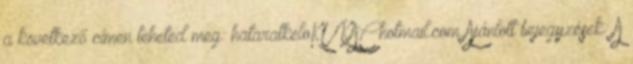
a következő címen teheted meg: hataratkeloKUKAChotmail.com Ajánlott bejegyzések: A